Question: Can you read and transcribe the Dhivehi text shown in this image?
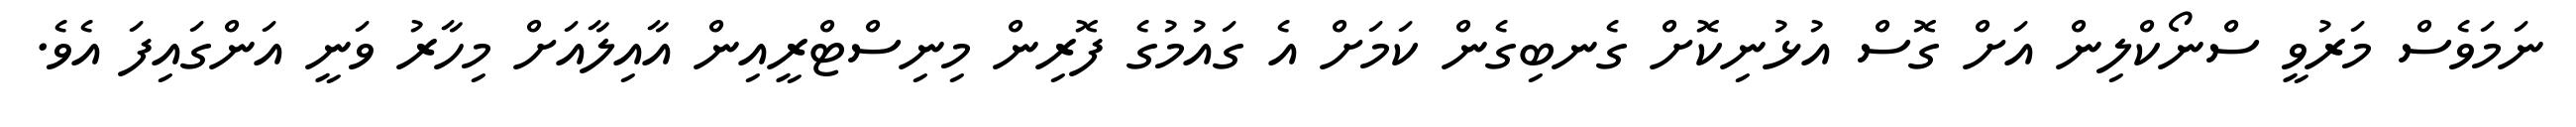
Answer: ނަމަވެސް މަރުވީ ސްނޯކްލިން އަށް ގޮސް އުޅުނިކޮށް ގެނބިގެން ކަމަށް އެ ގައުމުގެ ފޮރިން މިނިސްޓްރީއިން އާއިލާއަށް މިހާރު ވަނީ އަންގައިފަ އެވެ.